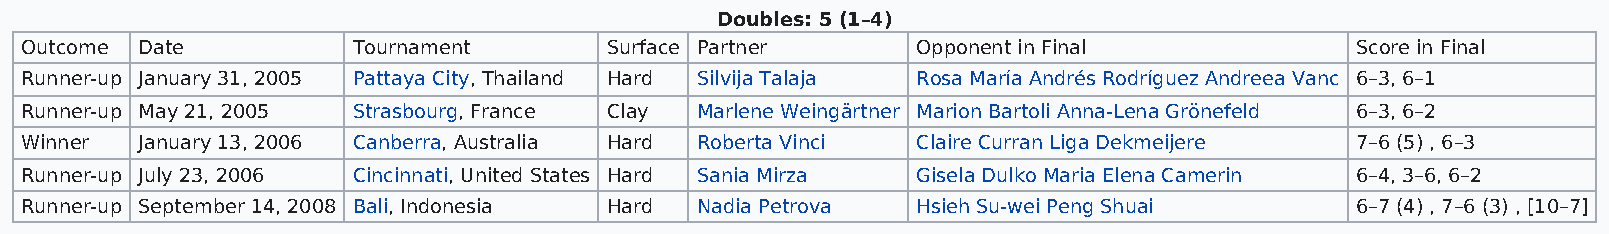
Doubles: 5 (1–4)
 Outcome Date          Tournament       Surface Partner      Opponent in Final            Score in Final
 Runner-up January 31, 2005 Pattaya City, Thailand Hard Silvija Talaja Rosa María Andrés Rodríguez Andreea Vanc 6–3, 6–1
 Runner-up May 21, 2005 Strasbourg, France Clay Marlene Weingärtner Marion Bartoli Anna-Lena Grönefeld 6–3, 6–2
 Winner  January 13, 2006 Canberra, Australia Hard Roberta Vinci Claire Curran Liga Dekmeijere 7–6 (5) , 6–3
 Runner-up July 23, 2006 Cincinnati, United States Hard Sania Mirza Gisela Dulko Maria Elena Camerin 6–4, 3–6, 6–2
 Runner-up September 14, 2008 Bali, Indonesia Hard Nadia Petrova Hsieh Su-wei Peng Shuai  6–7 (4) , 7–6 (3) , [10–7]